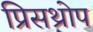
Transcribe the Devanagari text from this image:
प्रिसथ्रोप